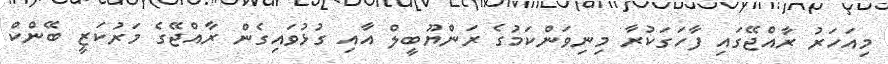
މިއަހަރު ރާއްޖޭގައި ފާހަގަކުރާ މިނިވަންކަމުގެ ރަންޔޫބީލް އާއި ގުޅުވައިގެން ރާއްޖޭގެ މަރުކަޒީ ބޭންކް